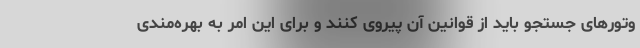
وتورهای جستجو باید از قوانین آن پیروی کنند و برای این امر به بهره‌مندی